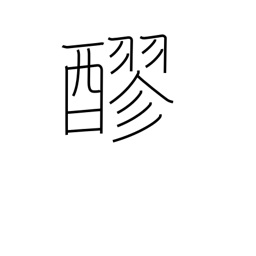
Meaning: unrefined sake or shoyu